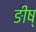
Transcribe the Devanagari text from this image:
ङीष्